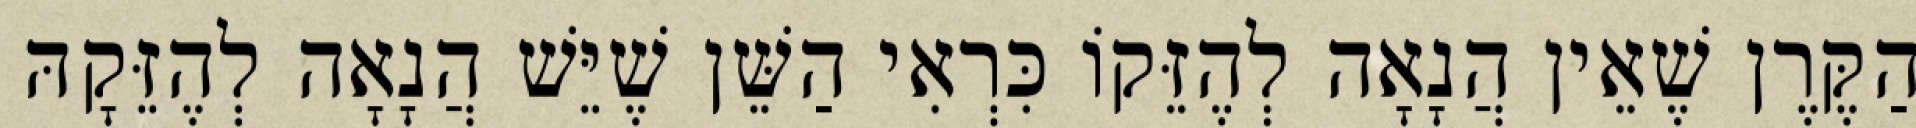
הַקֶּרֶן שֶׁאֵין הֲנָאָה לְהֶזֵּקוֹ כִּרְאִי הַשֵּׁן שֶׁיֵּשׁ הֲנָאָה לְהֶזֵּקָהּ